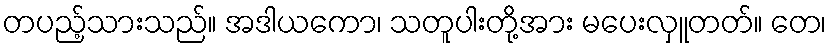
တပည့်သားသည်။ အဒါယကော၊ သတူပါးတို့အား မပေးလှူတတ်။ တေ၊